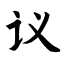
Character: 议